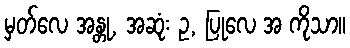
မှတ်လေ အန္တု, အဆုံး ဥ, ပြုလေ အ ကိုသာ။